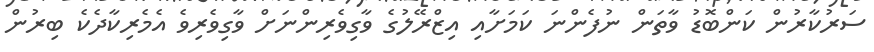
ސަރުކާރުން ކަންބޮޑު ވާތަން ނުފެންނަ ކަމަށާއި އިޒްރޭލުގެ ވާގިވެރިންނަށް ވާގިވެރިވެ އެމެރިކާދެކެ ބިރުން